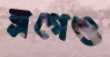
ব্লগেও